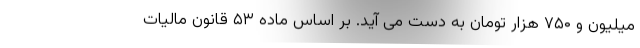
میلیون و ۷۵۰ هزار تومان به دست می آید. بر اساس ماده ۵۳ قانون مالیات